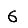
Digit: 6